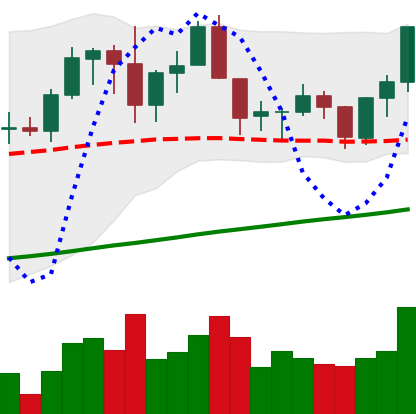
Ticker: ADA-USD
Chart end date: 2019-06-12
Forward return: -3.075%
Label: down_3_5